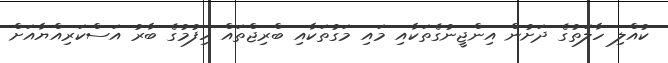
ކުއްލި ހާލަތުގެ ދަށުން އިންޖީނުގެތަކާއި މައި މަގުތަކާއި ބްރިޖްތައް ހިފުމުގެ ބާރު އަސްކަރިއްޔާއަށް